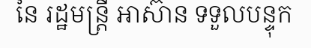
នៃ រដ្ឋមន្ត្រី អាស៊ាន ទទួលបន្ទុក